65_HS1-834228961_62-HQ-83894_SUB_A
Agency: FBI
Page 78
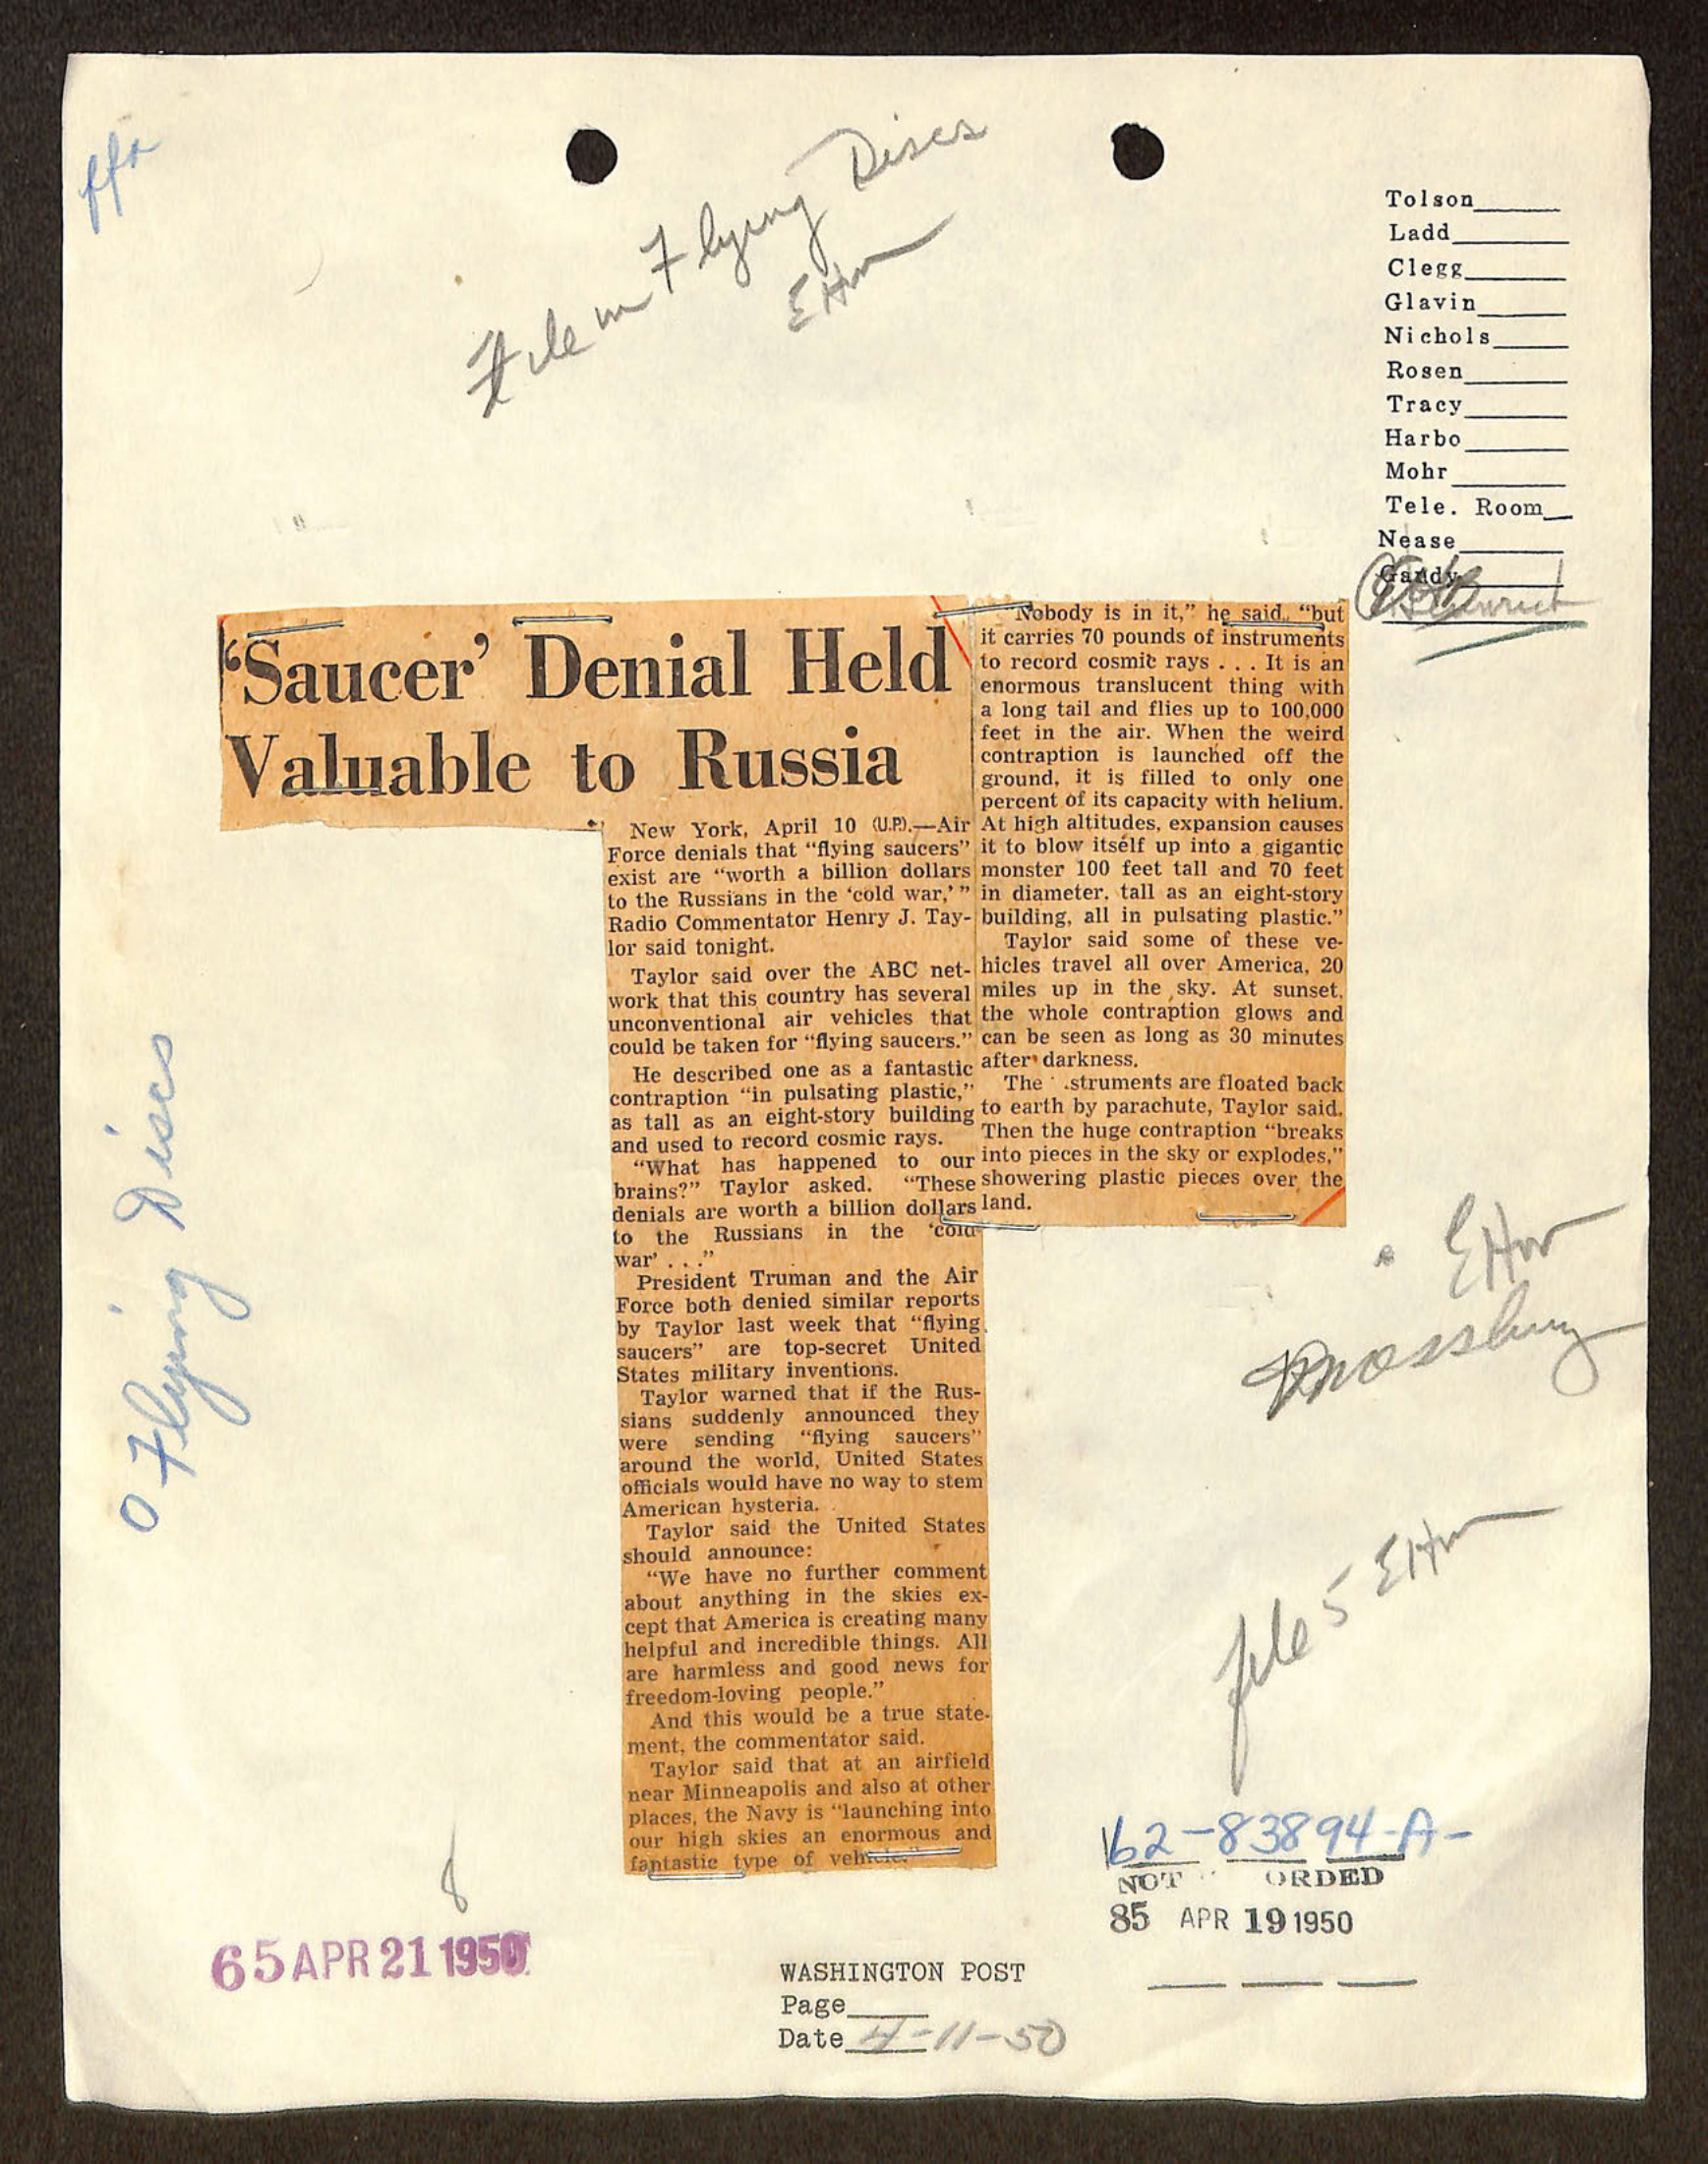